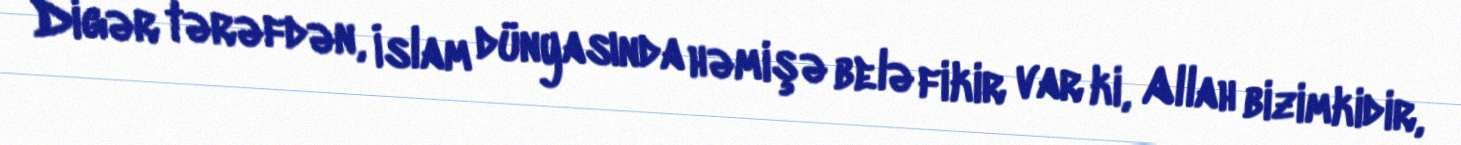
Digər tərəfdən, İslam dünyasında həmişə belə fikir var ki, Allah bizimkidir,